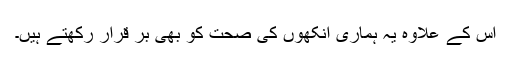
اس کے علاوہ یہ ہماری آنکھوں کی صحت کو بھی بر قرار رکھتے ہیں۔